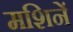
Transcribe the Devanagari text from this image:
मशिनें